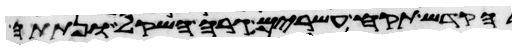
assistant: הקדש תקח עשרים גרה השקל ונתתה